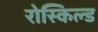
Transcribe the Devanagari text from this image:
रोस्किल्ड